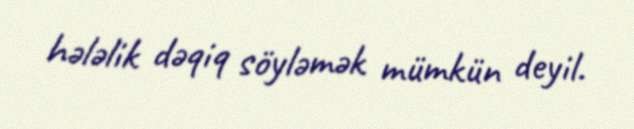
hələlik dəqiq söyləmək mümkün deyil.